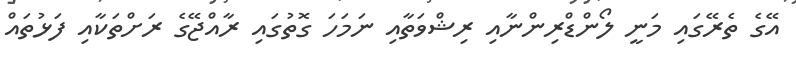
އޭގެ ތެރޭގައި މަނީ ލޯންޑްރިންނާއި ރިޝްވަތާއި ނަމަހަ ގޮތުގައި ރާއްޖޭގެ ރަށްތަކާއި ފަޅުތައް